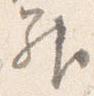
昇